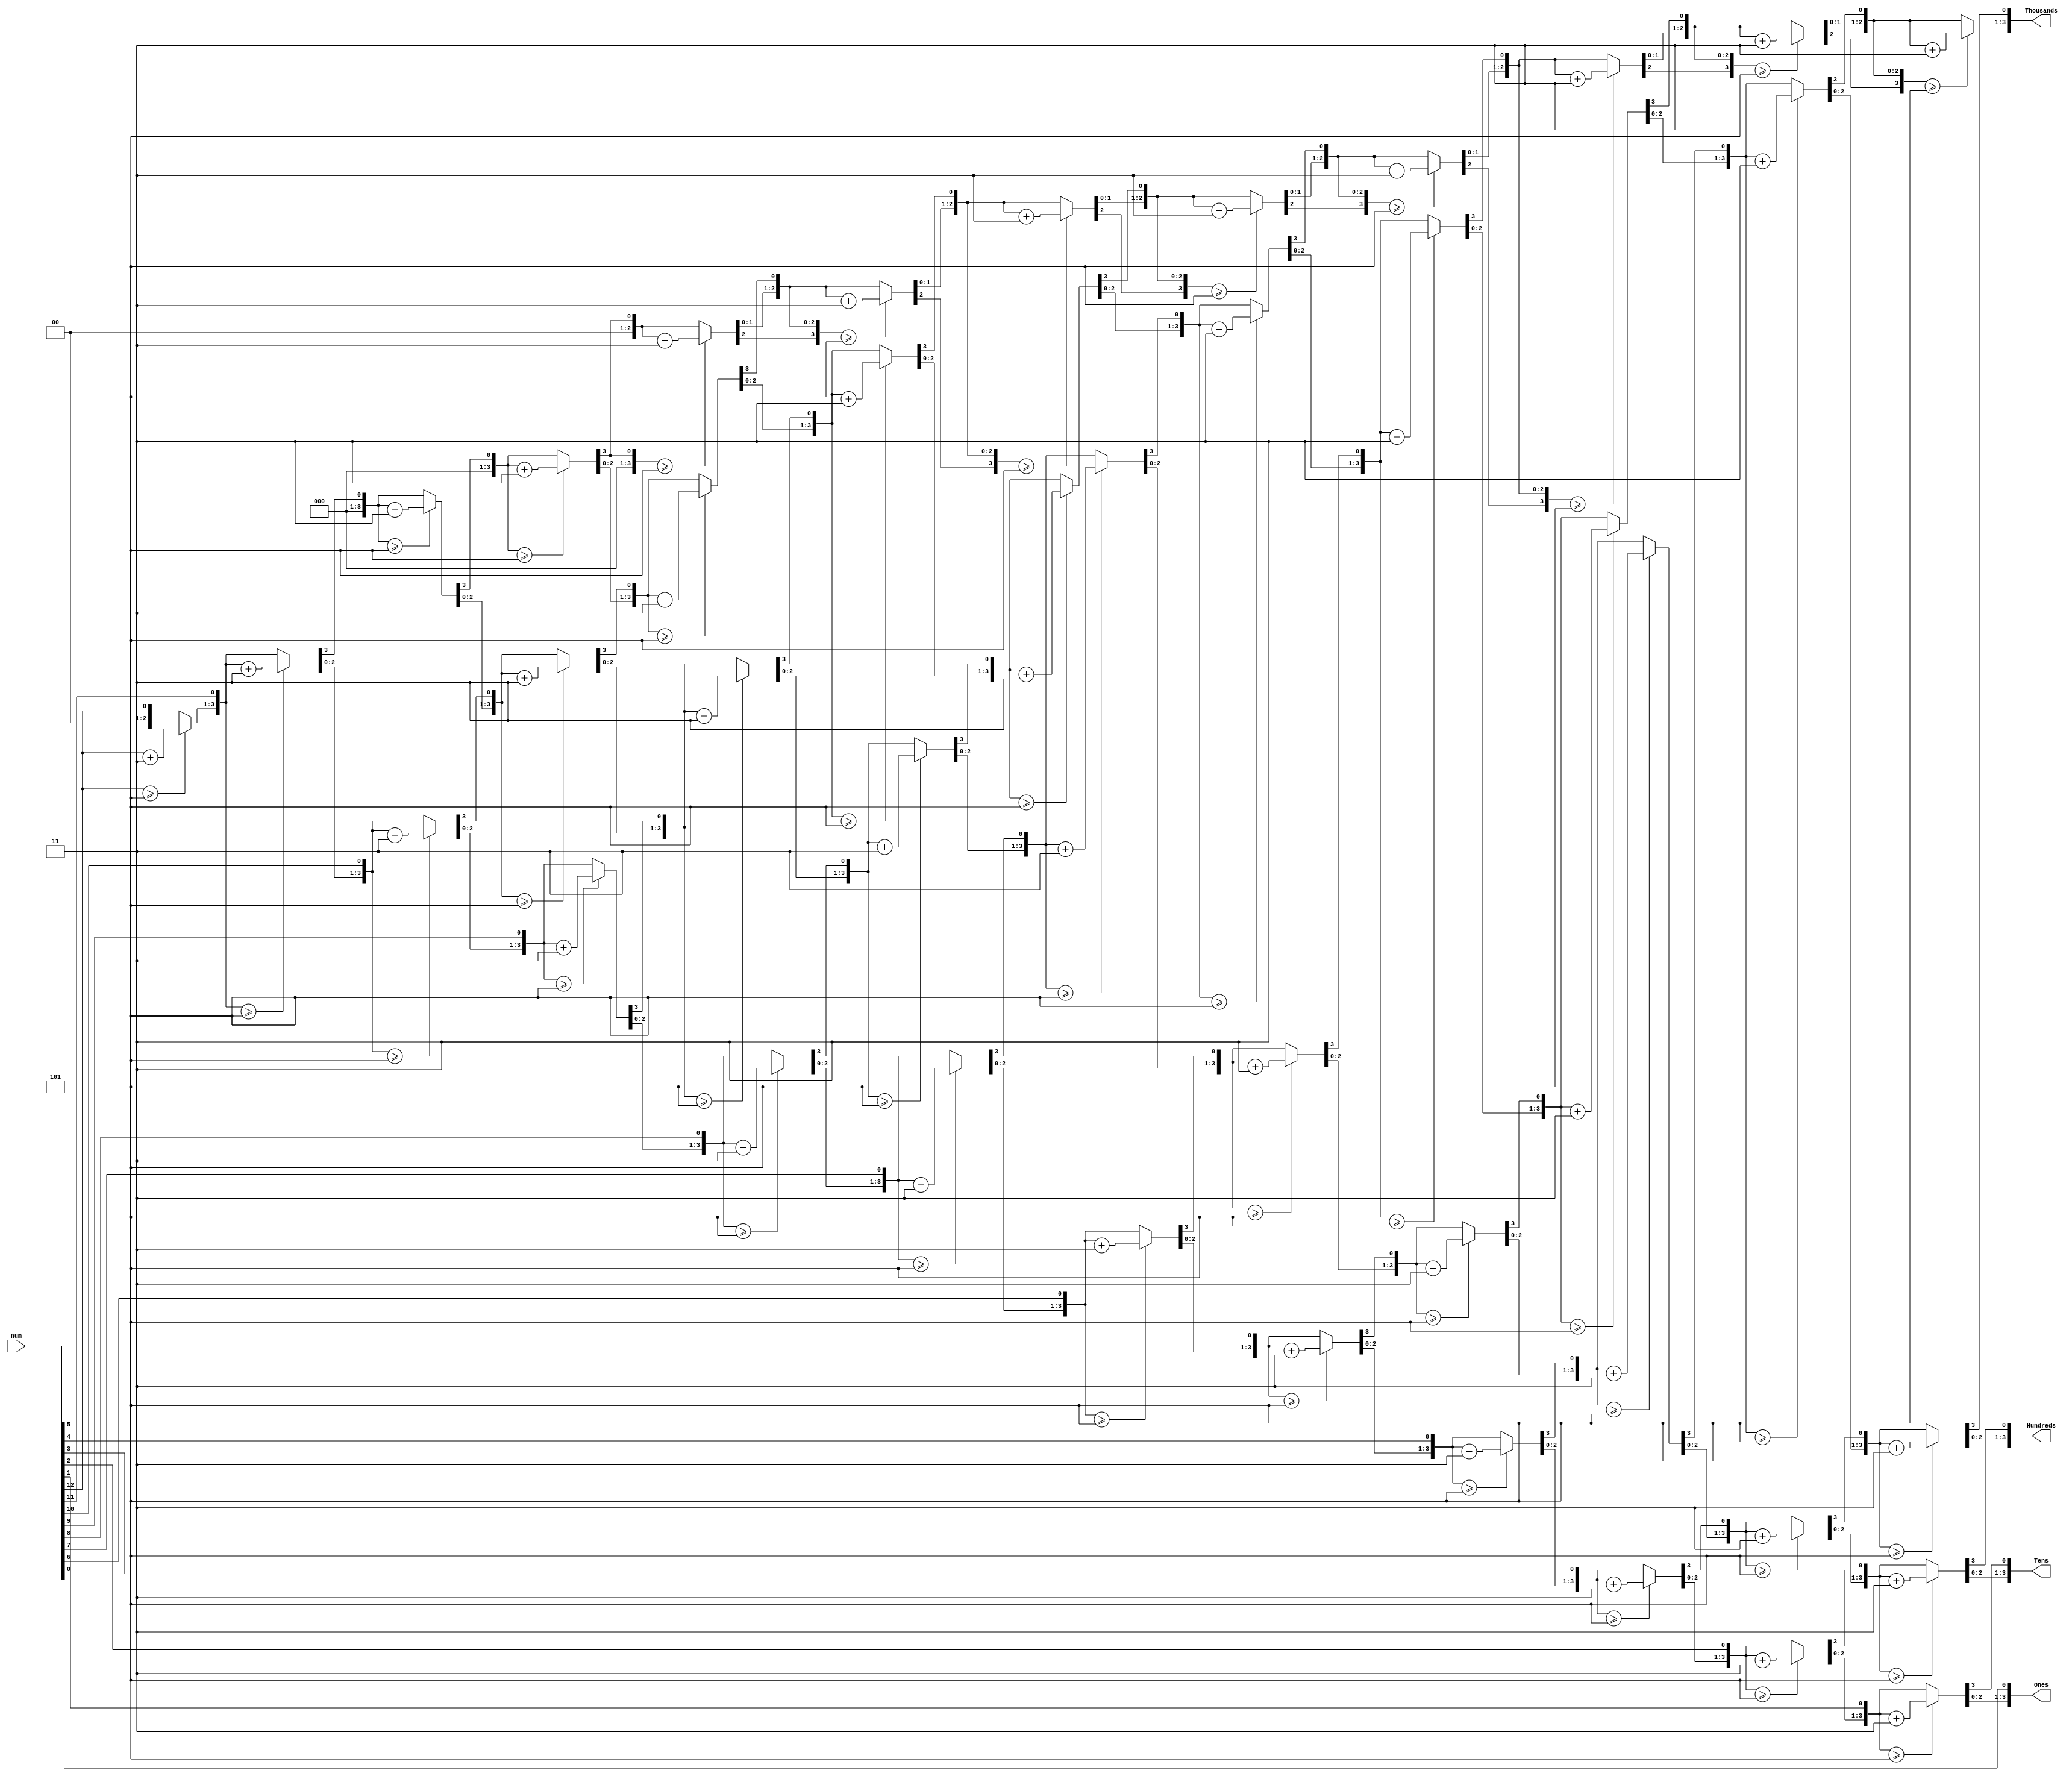
`timescale 1ns / 1ps
//////////////////////////////////////////////////////////////////////////////////
// Company: 
// Engineer: 
// 
// Design Name: 
// Module Name: Four_Digit_Seven_Segment_Driver_Optimised
// Project Name: 
// Target Devices: 
// Tool Versions: 
// Description: 
// 
// Dependencies: 
// 
// Revision:
// Revision 0.01 - File Created
// Additional Comments:
// 
//////////////////////////////////////////////////////////////////////////////////


module bcd(
input [12:0] num,
output reg [3:0] Thousands,
output reg [3:0] Hundreds,
output reg [3:0] Tens,
output reg [3:0] Ones

);
integer i;
always @(num)
begin
//initialization
Thousands=4'd0;
Hundreds = 4'd0;
Tens = 4'd0;
Ones = 4'd0;

for (i = 12; i >= 0 ; i = i-1 )
begin
if(Thousands >= 5)
Thousands = Thousands + 3;
if(Hundreds >= 5 )
Hundreds = Hundreds + 3;
if (Tens >= 5 )
Tens = Tens + 3;
if (Ones >= 5)
Ones = Ones +3;
//shift left one
Thousands = Thousands << 1;
Thousands [0] = Hundreds [3];
Hundreds = Hundreds << 1;
Hundreds [0] = Tens [3];
Tens = Tens << 1;
Tens [0] = Ones[3];
Ones = Ones << 1;
Ones[0] = num[i];
end
end
endmodule